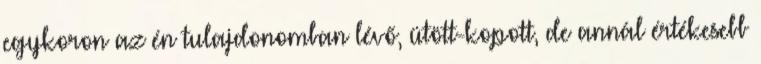
egykoron az én tulajdonomban lévő, ütött-kopott, de annál értékesebb